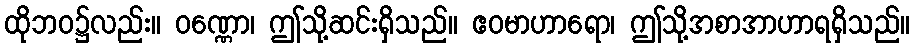
ထိုဘဝ၌လည်း။ ဝဏ္ဏော၊ ဤသို့ဆင်းရှိသည်။ ဧဝမာဟာရော၊ ဤသို့အစာအာဟာရရှိသည်။